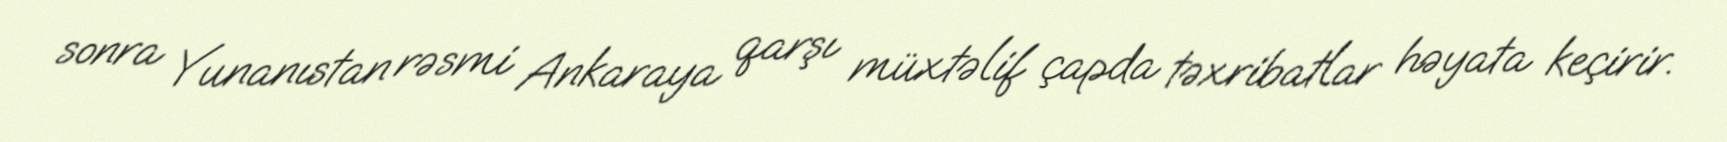
sonra Yunanıstan rəsmi Ankaraya qarşı müxtəlif çapda təxribatlar həyata keçirir.